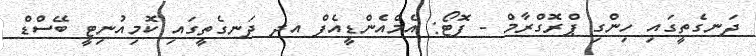
ދަނގެތީގައި ހިންގި ޕްރޮގްރާމް - ފޮޓޯ: އެމްއެންޑީއެފް އދ ދަނގެތީގައި ކޮމިއުނިޓީ ބޭސްޑް